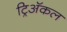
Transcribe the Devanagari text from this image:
ट्रिअॅकल